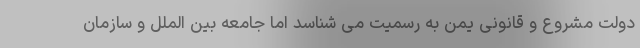
دولت مشروع و قانونی یمن به رسمیت می شناسد اما جامعه بین الملل و سازمان